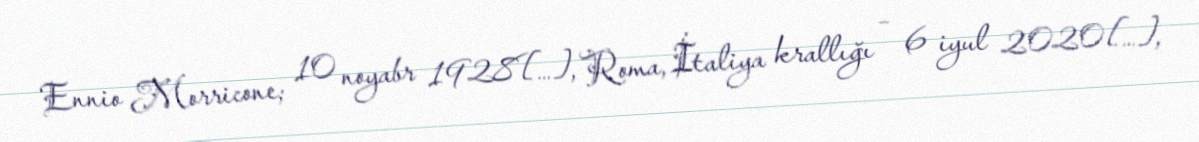
Ennio Morricone; 10 noyabr 1928[…], Roma, İtaliya krallığı – 6 iyul 2020[…],